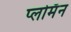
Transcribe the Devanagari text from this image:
प्लोमॅन